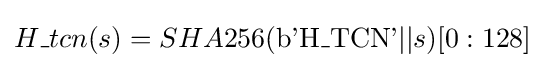
H\_tcn(s)=SHA256({\text{b'H}}\_{\text{TCN'}}||s)[0:128]